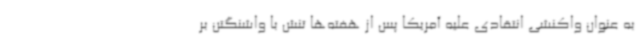
به عنوان واکنشی انتقادی علیه آمریکا پس از هفته‌ها تنش با واشنگتن بر